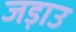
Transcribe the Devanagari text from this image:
जड़ाउ